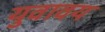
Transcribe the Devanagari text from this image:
युवावय